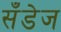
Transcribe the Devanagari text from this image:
सँडेज